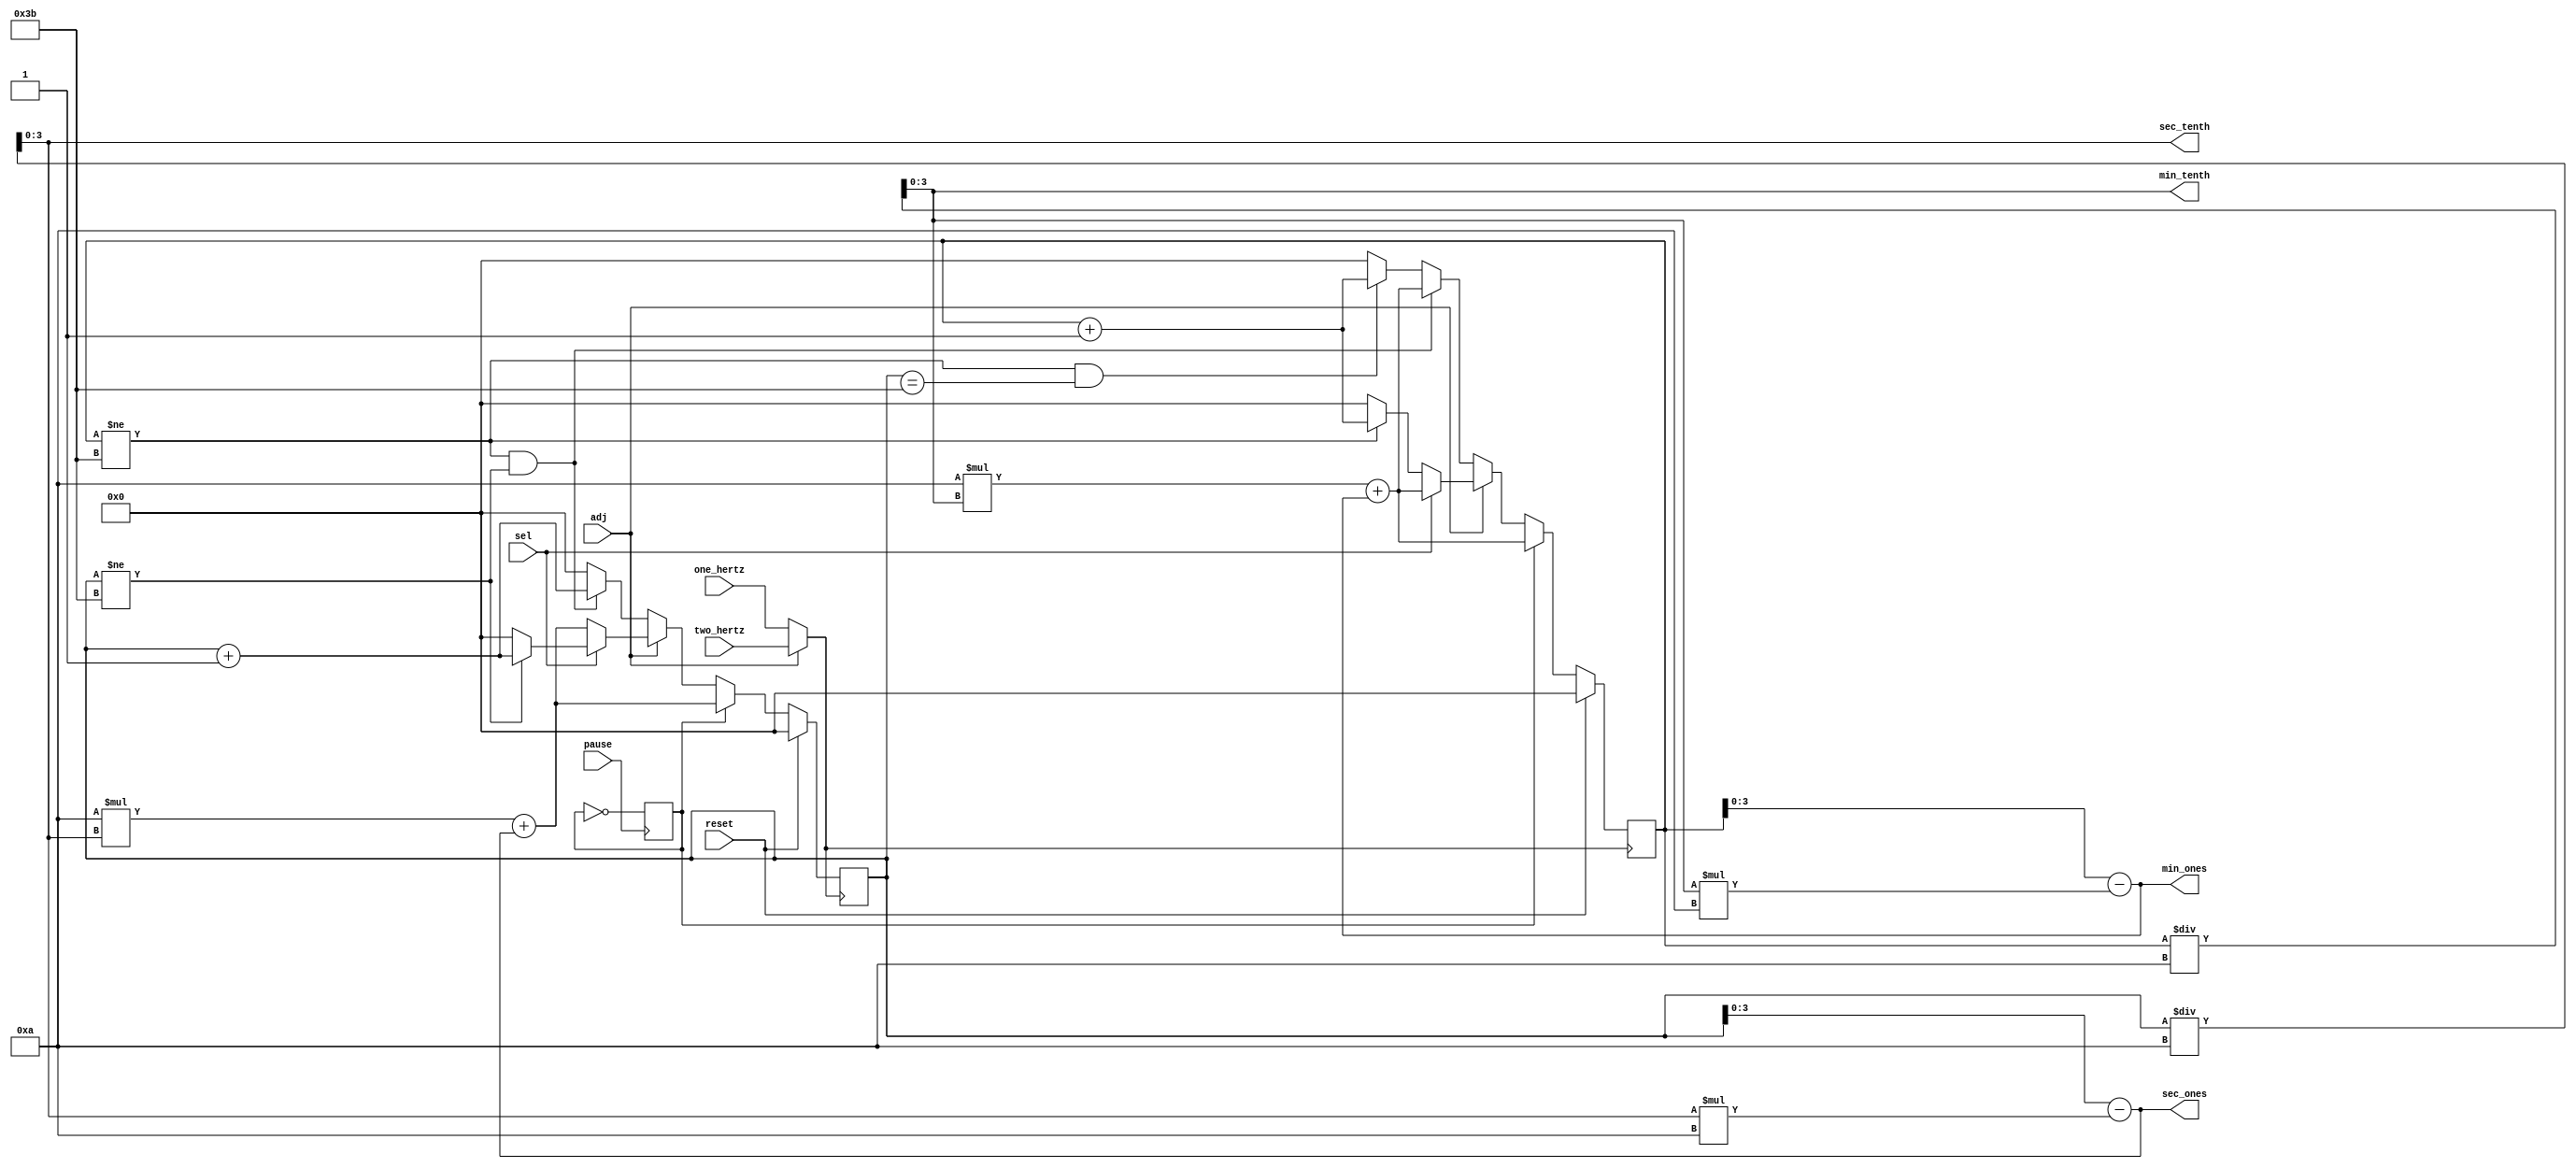
`timescale 1ns / 1ps
//////////////////////////////////////////////////////////////////////////////////
// Company: 
// Engineer: 
// 
// Design Name: 
// Module Name:    counter 
// Project Name: 
// Target Devices: 
// Tool versions: 
// Description: 
//
// Dependencies: 
//
// Revision: 
// Revision 0.01 - File Created
// Additional Comments: 
//
//////////////////////////////////////////////////////////////////////////////////
module counter(input one_hertz, input two_hertz, input sel, input adj, input reset,
	input pause, output [3:0] min_tenth, output [3:0] min_ones, output [3:0] sec_tenth,
	output [3:0] sec_ones);
	
	reg [5:0] minutes = 6'b000000;
	reg [5:0] seconds = 6'b000000;
	reg clock;
	reg pause_tmp = 1'b0;

	always @ (*) begin
		if (adj) begin
			clock = two_hertz;
		end else begin
			clock = one_hertz;
		end
	end
	
	always @ (posedge pause) begin
		pause_tmp = ~pause_tmp;
	end
	
	always @ (posedge clock) begin
		minutes <= 10 * min_tenth + min_ones;
		seconds <= 10 * sec_tenth + sec_ones;
		if (reset) begin
			minutes <= 0;
			seconds <= 0;
		end else begin
			if (~pause_tmp) begin
				//normal stopwatch mode 
				if (~adj) begin
					if (minutes != 59 && seconds != 59) begin
						seconds <= seconds + 6'b1;
					end else if (minutes != 59 && seconds == 59) begin
						seconds <= 6'b0;
						minutes <= minutes + 6'b1;
					end else begin
						minutes <= 6'b0;
						seconds <= 6'b0;
					end
				//if we are adjusting 
				end else begin
					if (sel) begin
						if (seconds != 59) begin
							seconds <= seconds + 6'b1;
						end else begin
							seconds <= 6'b0;
						end
					end else begin
						if (minutes != 59) begin
							minutes <= minutes + 6'b1;
						end else begin
							minutes <= 6'b0;
						end
					end
				end
			end
		end
	end
	
	assign min_tenth = minutes / 10;
	assign min_ones = minutes - (min_tenth * 10);
	assign sec_tenth = seconds / 10;
	assign sec_ones = seconds - (sec_tenth * 10);

endmodule